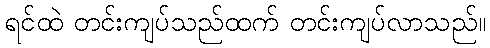
ရင်ထဲ တင်းကျပ်သည်ထက် တင်းကျပ်လာသည်။